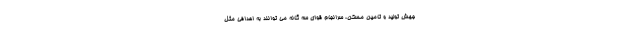
جهش تولید و تامین مسکن، سرانجام قوای سه گانه می توانند به اهدافی مثل